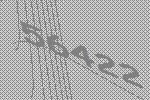
56422